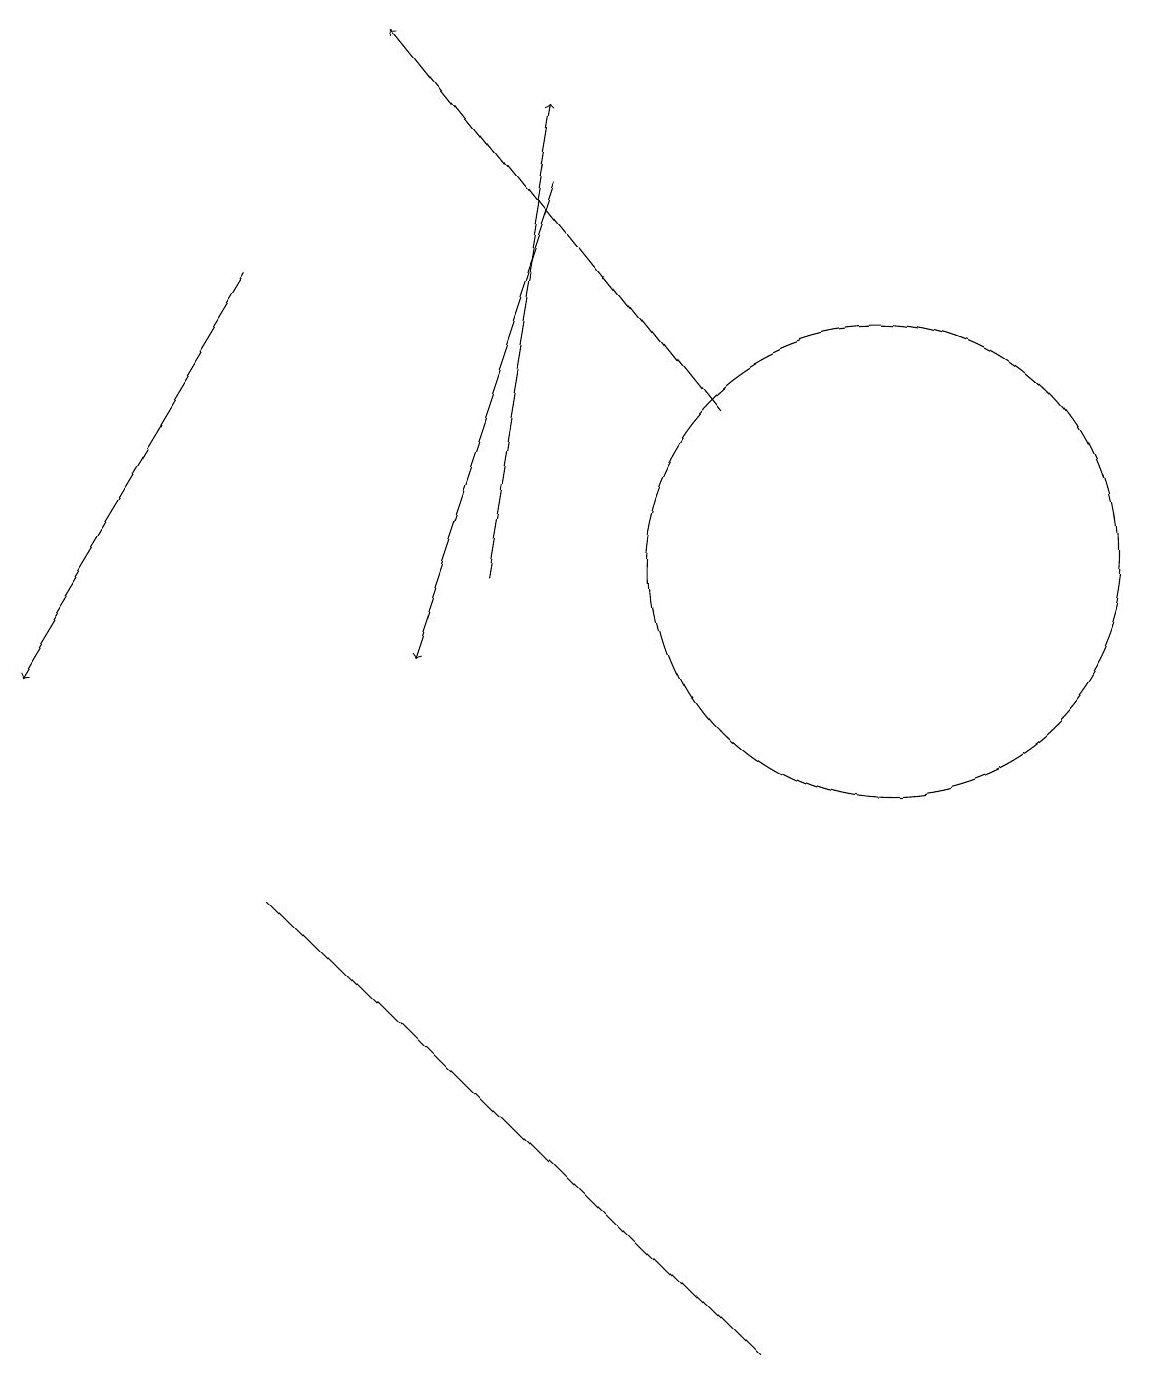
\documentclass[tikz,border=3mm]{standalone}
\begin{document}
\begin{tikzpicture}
\draw[->] (9,14) -- (5,19);
\draw (11,12) circle (3);
\draw[->] (7,17) -- (5,11);
\draw[->] (3,16) -- (0,11);
\draw (8,3) -- (3,8) -- (9,2) -- cycle;
\draw[->] (6,12) -- (7,18);
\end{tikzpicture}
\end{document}